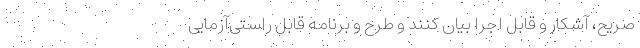
صریح، آشکار و قابل اجرا بیان کنند و طرح و برنامه قابل راستی‌آزمایی